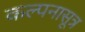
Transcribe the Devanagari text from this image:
कल्पनासूत्र